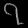
Digit: ၇